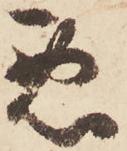
悪